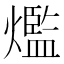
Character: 爁